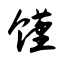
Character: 馑